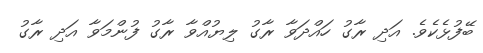
ބޭފުޅެކެވެ. އަދި ރާގު ހައްދަވާ ރާގު ލިޔުއްވާ ރާގު ފުންމަވާ އަދި ރާގު